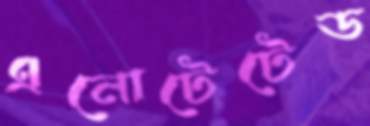
এনোটেটেড